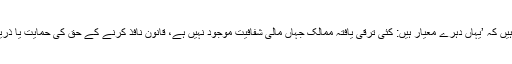
کوبھم کہتے ہیں کہ ’یہاں دہرے معیار ہیں: کئی ترقی یافتہ ممالک جہاں مالی شفافیت موجود نہیں ہے، قانون نافذ کرنے کے حق کی حمایت یا ذریعہ بنتے ہیں۔